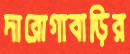
দারোগাবাড়ির